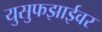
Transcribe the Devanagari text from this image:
युसुफझाईवर